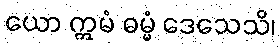
ယော ဣမံ ဓမ္မံ ဒေသေသိ၊